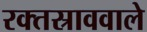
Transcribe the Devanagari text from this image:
रक्तस्राववाले